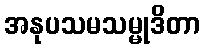
အနုပသမသမ္မုဒိတာ